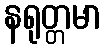
နရုတ္တမာ